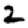
Digit: 2